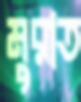
মুরাত